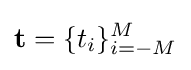
\mathbf {t} =\{t_{i}\}_{i=-M}^{M}